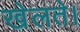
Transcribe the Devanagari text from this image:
खेलते।